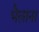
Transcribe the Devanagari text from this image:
भैलाना